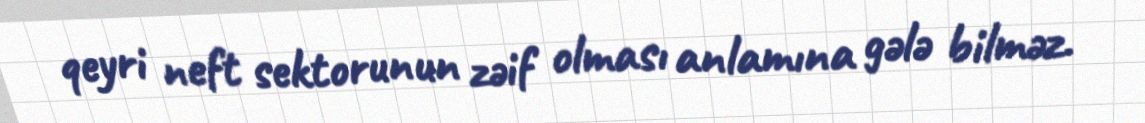
qeyri neft sektorunun zəif olması anlamına gələ bilməz.